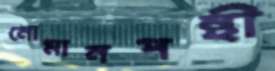
নোমানপন্থী